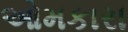
ઓમકારા